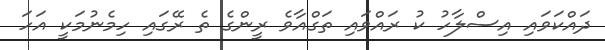
ދައްކަވައި އިސްލާހު ކު ރައްވައި ތަގްއާވެ ރީންގެ ތެ ރޭގައި ހިމެނުމަކީ އަހަ